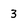
Character: 3